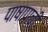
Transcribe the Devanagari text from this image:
पाषाणची